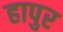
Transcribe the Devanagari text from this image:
हापुर